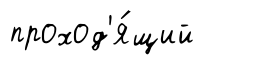
проход'я́щий